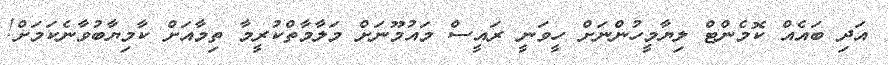
އަދި ބައެއް ކޮމެންޓް ލިޔާމީހުންނަށް ހީވަނީ ރައީސް މައުމޫނަށް މަލާމާތްކުރީމާ ތިމާއަށް ކާމިޔާބުވާނެކަމަށް!